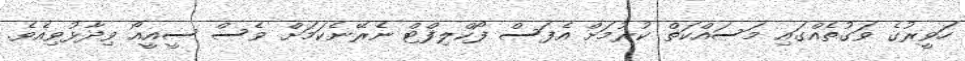
ހަވީރުގެ ވަގުތެއްގައި މަސައްކަތް ކުރުމަށް އެފަސް ފޯކްލިފްޓް ނެރޭނެކަމަށް ވެސް ސީއީއޯ ވިދާޅުވިއެވެ.